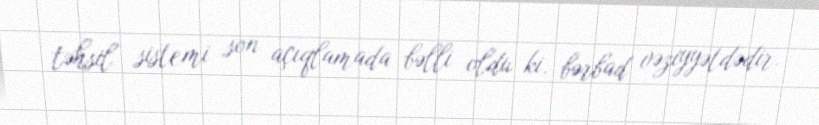
təhsil sistemi son açıqlamada bəlli oldu ki, bərbad vəziyyətdədir.